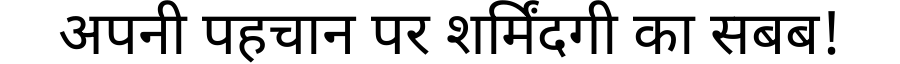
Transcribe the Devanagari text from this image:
अपनी पहचान पर शर्मिंदगी का सबब!